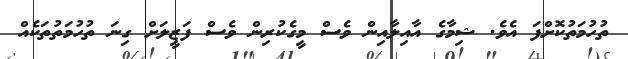
ތުހުމަތުކޮށްފަ އެވެ. ޝިމާގެ އާއިލާއިން ވެސް މީގެކުރިން ވެސް ފަޒީލަށް ގިނަ ތުހުމަތުތަކެއް